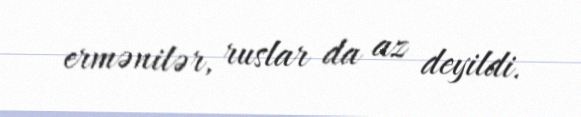
ermənilər, ruslar da az deyildi.